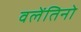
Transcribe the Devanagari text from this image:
वलेंतिनो